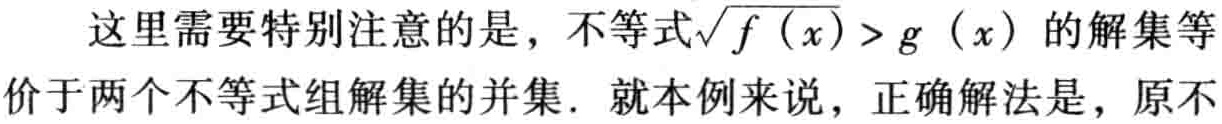
这里需要特别注意的是，不等式\(\sqrt{f\left(x\right)}>g\left(x\right)\)的解集等价于两个不等式组解集的并集. 就本例来说，正确解法是，原不